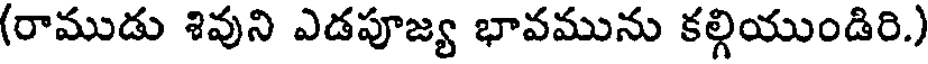
(రాముడు శివుని ఎడపూజ్య భావమును కల్గియుండిరి.)